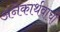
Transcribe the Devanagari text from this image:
अनेकार्थवाची